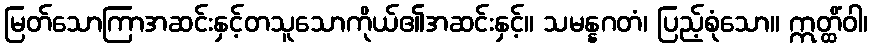
မြတ်သောကြာအဆင်းနှင့်တသူသောကိုယ်၏အဆင်းနှင့်။ သမန္နဂတံ၊ ပြည့်စုံသော။ ဣတ္ထိံဝါ၊